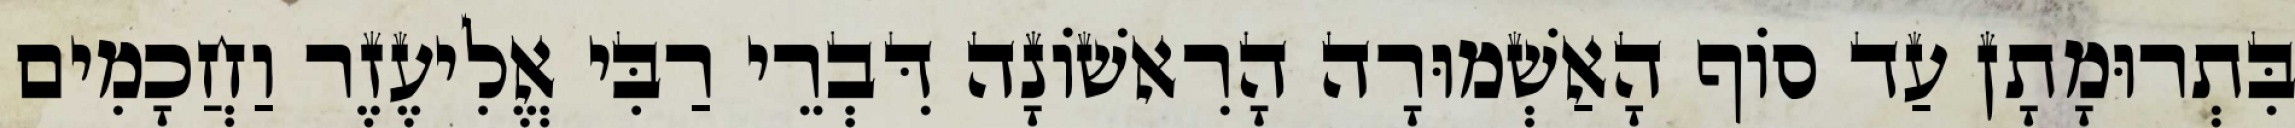
בִּתְרוּמָתָן עַד סוֹף הָאַשְׁמוּרָה הָרִאשׁוֹנָה דִּבְרֵי רַבִּי אֱלִיעֶזֶר וַחֲכָמִים